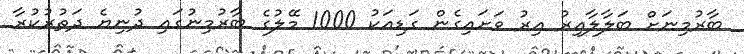
ބާރުމިނަށް ބަލާލާއިރު އިރު ވަށައިގެން ގަޑިއަކު 1000 މޭލުގެ ބާރުމިނުގައި ދުނިޔެ ދަތުރުކުރާ